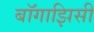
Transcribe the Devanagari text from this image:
बॉगाझिसी